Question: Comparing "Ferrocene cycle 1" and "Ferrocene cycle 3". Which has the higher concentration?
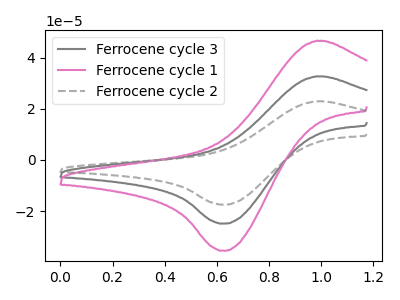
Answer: <think>The gray curve "Ferrocene cycle 3" has an anodic peak at (1.00V, 32.65uA) and a cathodic peak at (0.65V, -24.90uA). The pink curve "Ferrocene cycle 1" has an anodic peak at (1.00V, 46.55uA) and a cathodic peak at (0.65V, -35.45uA). The gray dashed curve "Ferrocene cycle 2" has an anodic peak at (1.00V, 65.30uA) and a cathodic peak at (0.65V, -49.75uA).
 All the peaks in "Ferrocene cycle 1" have a peak in "Ferrocene cycle 3" at the same potential. Every peak in "Ferrocene cycle 1" is higher than every peak in "Ferrocene cycle 3".</think>
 <answer>"Ferrocene cycle 1" has more signal than "Ferrocene cycle 3" and so likely has a higher concentration.</answer>
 <eval>more_concentration</eval>